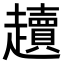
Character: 𧾥